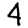
Digit: 4